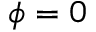
\phi = 0